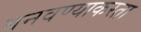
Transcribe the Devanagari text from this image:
बनवण्याकरता